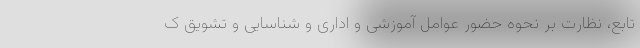
تابع، نظارت بر نحوه حضور عوامل آموزشی و اداری و شناسایی و تشویق ک